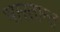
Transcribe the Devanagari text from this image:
भारतान्त